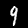
Label: 9